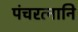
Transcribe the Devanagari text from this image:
पंचरत्नानि